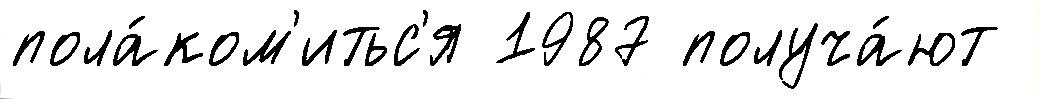
пола́ком'итьс'я 1987 получа́ют